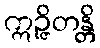
ဣဉ္ဇိတန္တိ